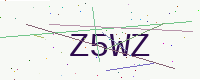
Text: Z5WZ